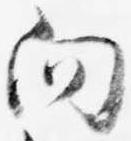
向